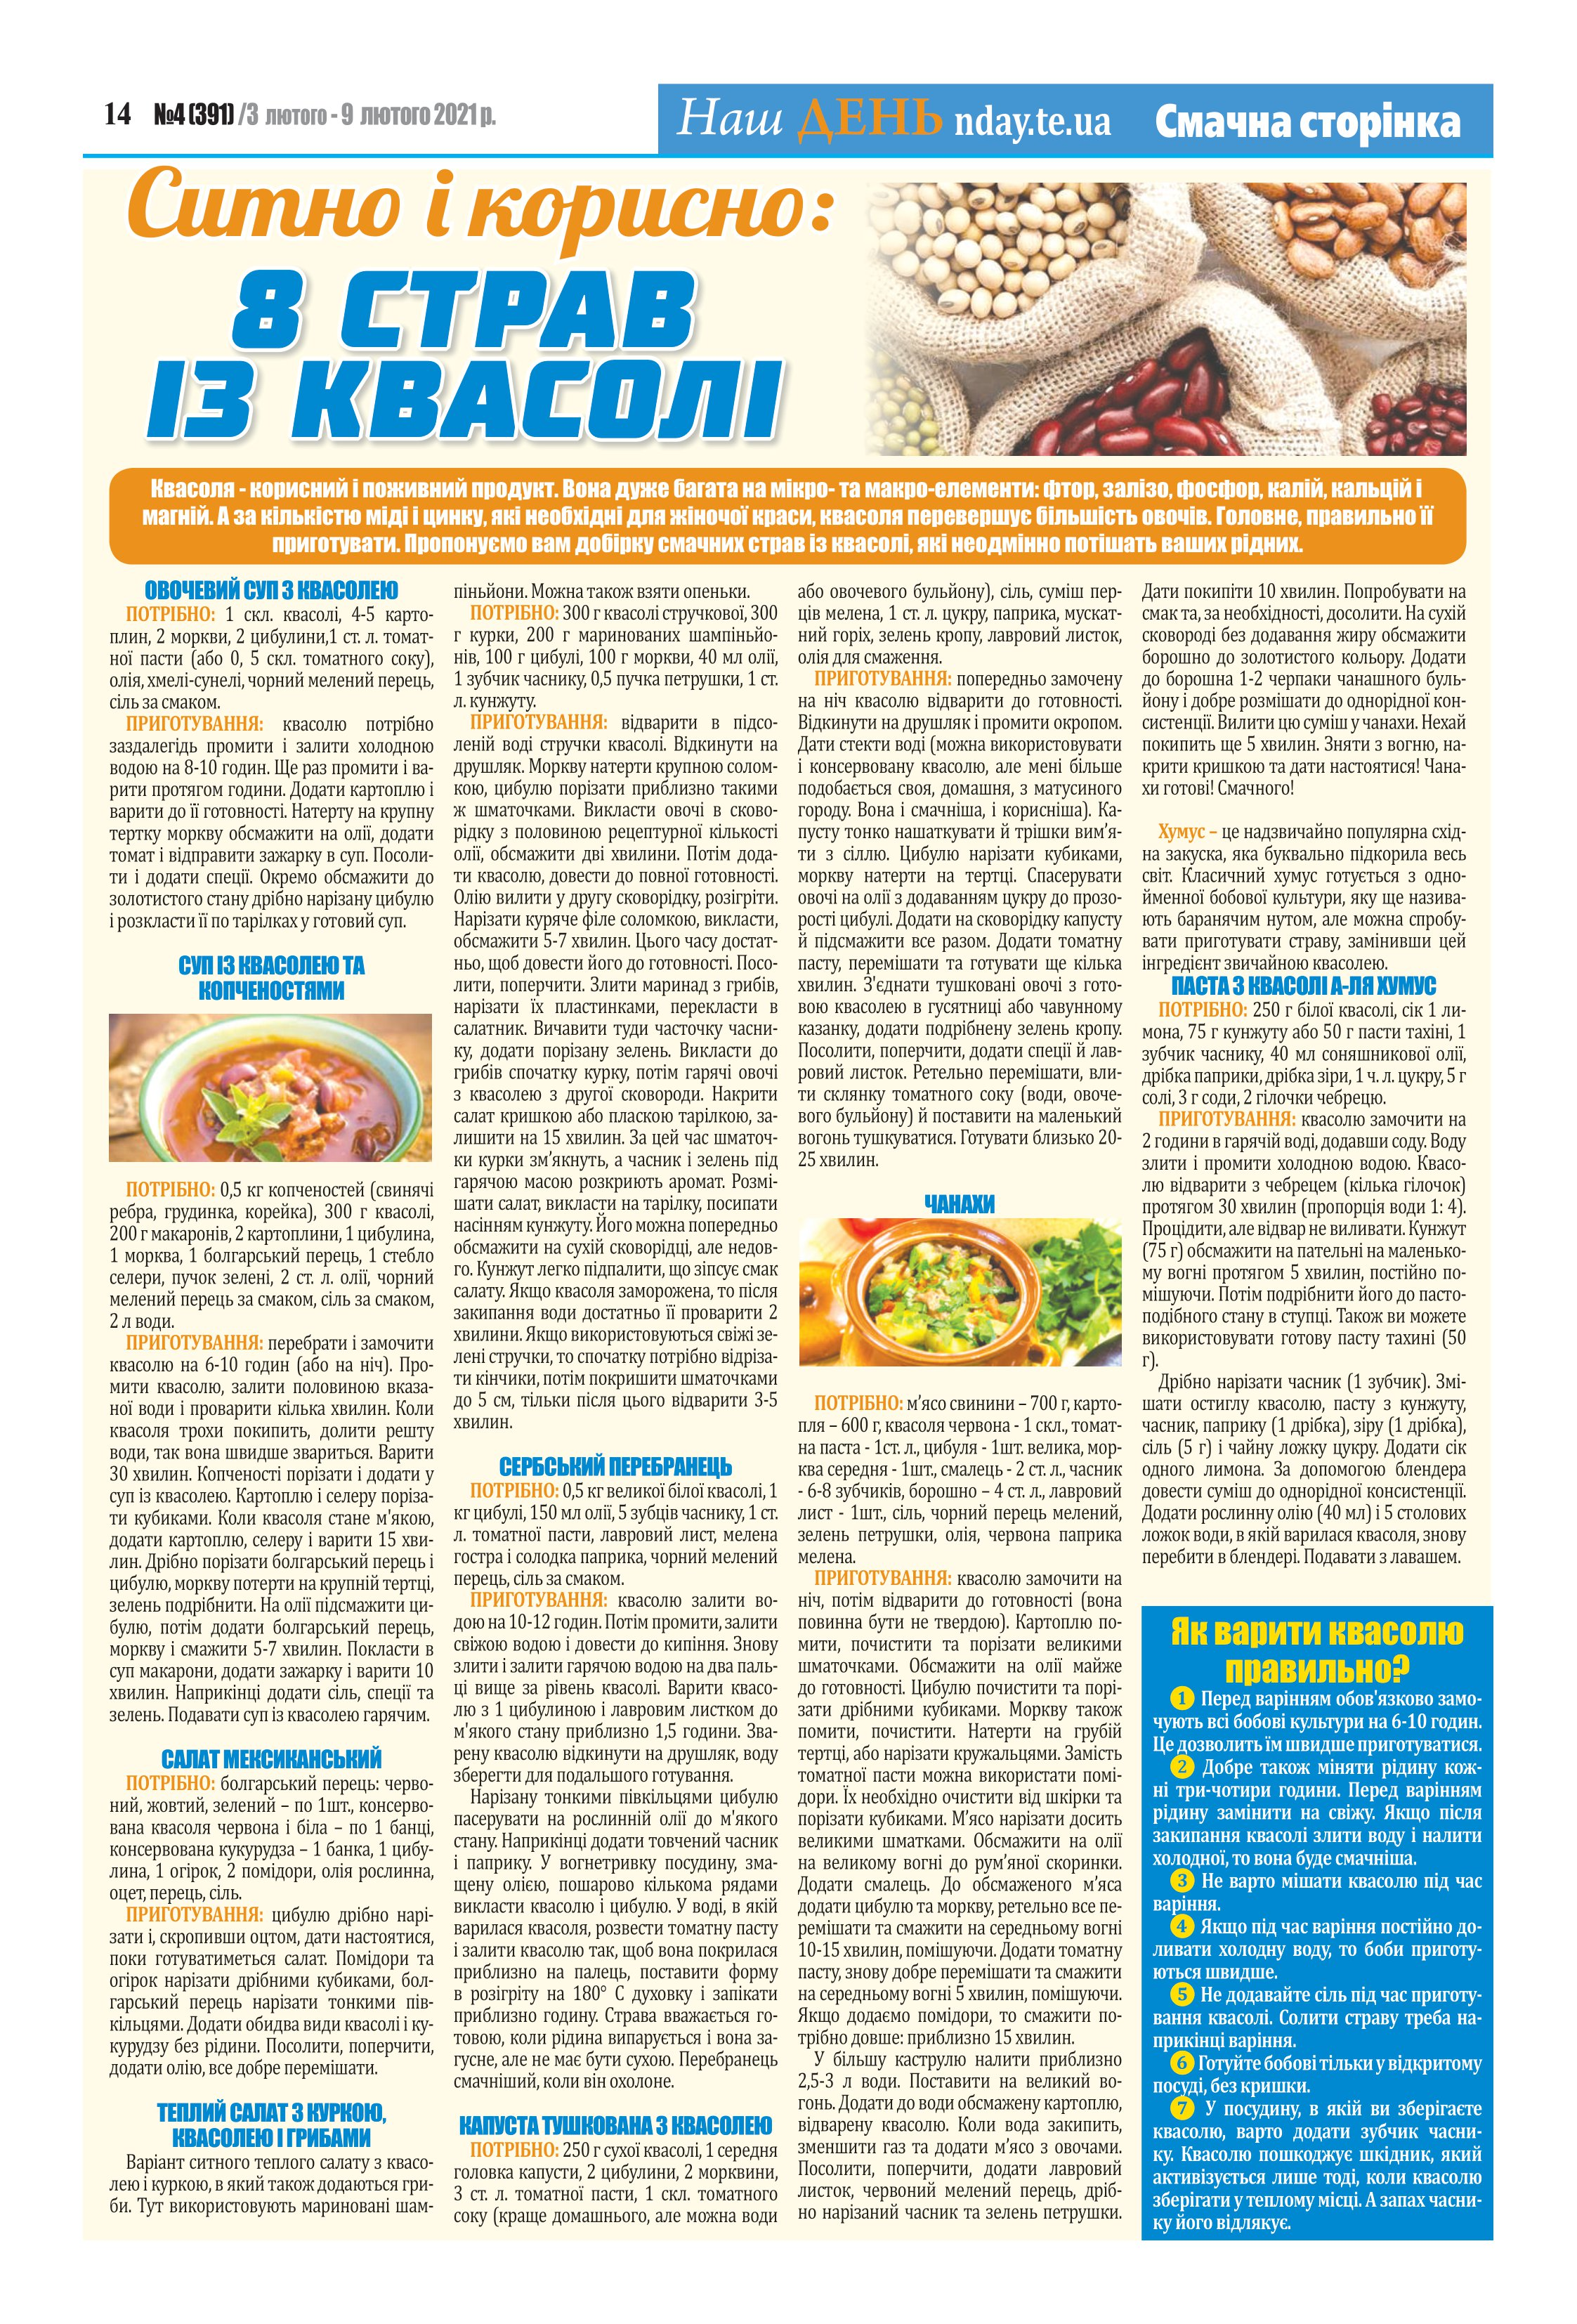
Language: uk